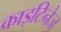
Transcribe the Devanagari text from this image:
काइटिनेज